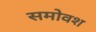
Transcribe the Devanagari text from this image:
समोवश